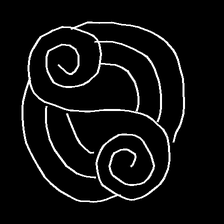
Glyph: wind-underfoot